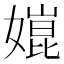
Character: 𡠰